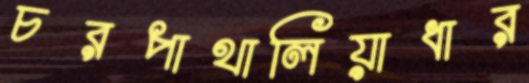
চরপাথালিয়াধার